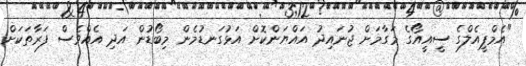
"އެމްޕީއެލްގެ ސީއީއޯގެ މަގާމަށް ޖުނައިދު އައްޔަންކޮށް އަޅުގަނޑުމެން މިބޯޑުން އަދި އެއްވެސް ފަރާތަކަށް